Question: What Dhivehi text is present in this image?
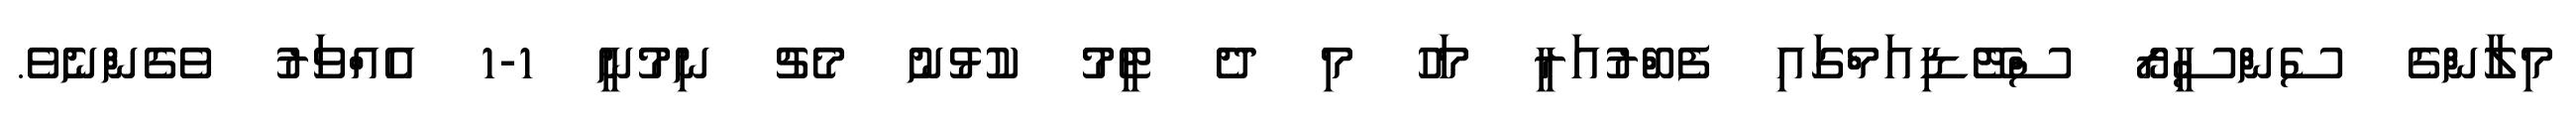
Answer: މިލާންގެ ސެންސީރޯ ސްޓޭޑިއަމްގައި ފެބްރުއަރީ މަހު މި ދެ ޓީމު ކުޅުނު މެޗު ނިމުނީ 1-1 އެއްވަރު ވެގެންނެވެ.